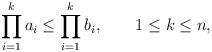
LaTeX: \begin{align*}\prod_{i=1}^ka_i\le\prod_{i=1}^kb_i,\qquad1\le k\le n,\end{align*}